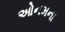
ઓનમના